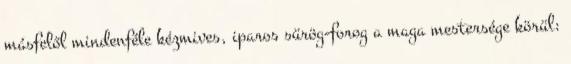
másfelől mindenféle kézmives, iparos sürög-forog a maga mestersége körül: